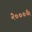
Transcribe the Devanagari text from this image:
२०००६